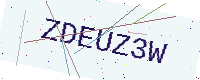
Text: ZDEUZ3W